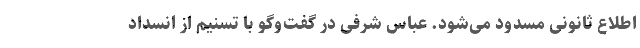
اطلاع ثانونی مسدود می‌شود. عباس شرفی در گفت‌وگو با تسنیم از انسداد